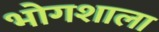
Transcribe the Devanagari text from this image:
भोगशाला